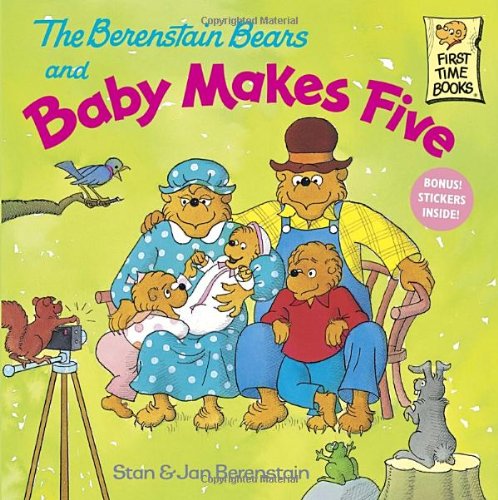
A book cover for The Berenstain Bears and Baby Makes Five; Stan Berenstain; Children's Books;